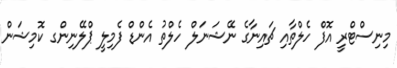
މިނިސްޓްރީ އޮފް ހެލްތާއި ޗައިނާގެ ނޭޝަނަލް ހެލްތު އެންޑް ފެމިލީ ޕްލޭނިންގ ކޮމިޝަން